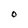
Character: O